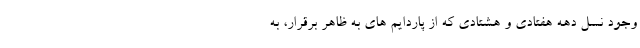
وجود نسل دهه هفتادی و هشتادی که از پاردایم های به ظاهر برقرار، به